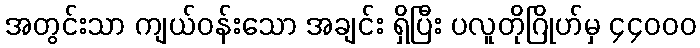
အတွင်းသာ ကျယ်ဝန်းသော အချင်း ရှိပြီး ပလူတိုဂြိုဟ်မှ ၄၄၀၀၀